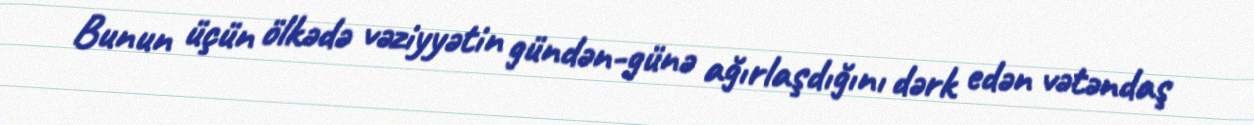
Bunun üçün ölkədə vəziyyətin gündən-günə ağırlaşdığını dərk edən vətəndaş